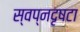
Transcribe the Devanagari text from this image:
स्वप्नदृषटा